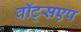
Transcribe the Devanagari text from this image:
वॉट्सएप